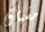
مشتاق